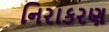
નિરાકરણ